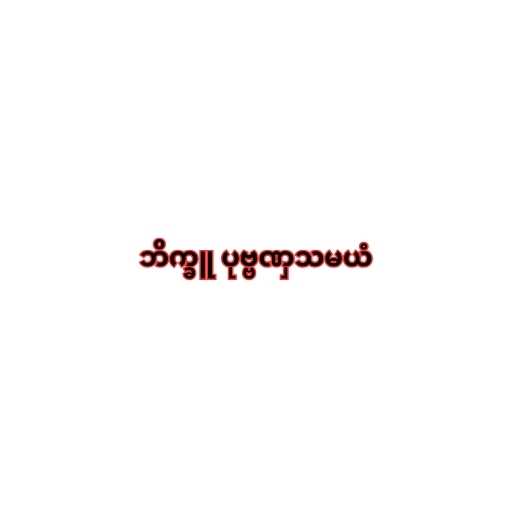
ဘိက္ခူ ပုဗ္ဗဏှသမယံ